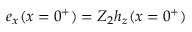
{ e _ { x } ( x = 0 ^ { + } ) = Z _ { 2 } h _ { z } ( x = 0 ^ { + } ) }